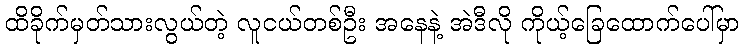
ထိခိုက်မှတ်သားလွယ်တဲ့ လူငယ်တစ်ဦး အနေနဲ့ အဲဒီလို ကိုယ့်ခြေထောက်ပေါ်မှာ